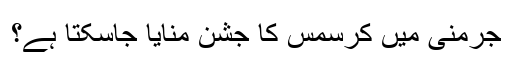
جرمنی میں کرسمس کا جشن منایا جاسکتا ہے؟